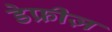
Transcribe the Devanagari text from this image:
डेफ्रीज़